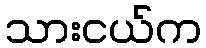
သားငယ်က